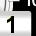
Digit: 1